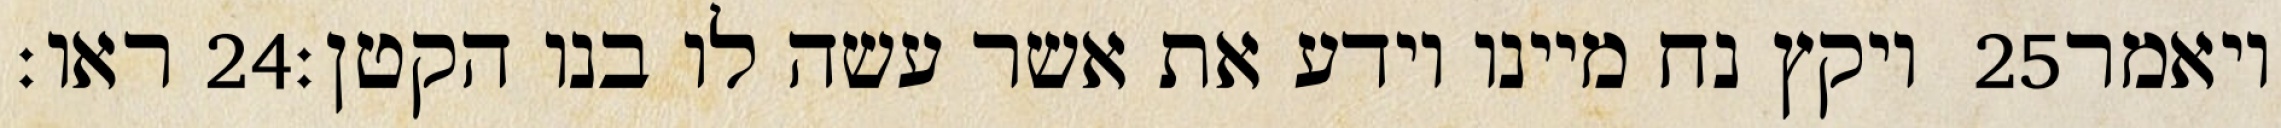
ראו׃ ‎24‏ ויקץ נח מיינו וידע את אשר עשה לו בנו הקטן׃ ‎25‏ ויאמר